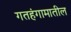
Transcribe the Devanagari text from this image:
गतहंगामातील